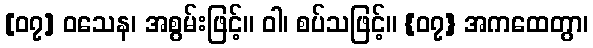
[၀၇] ဝသေန၊ အစွမ်းဖြင့်။ ဝါ၊ စပ်သဖြင့်။ {၀၇} အကထေတွာ၊